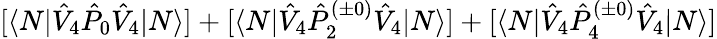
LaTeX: [\langle N|\hat{V}_{4}\hat{P}_{0}\hat{V}_{4}|N\rangle]+[\langle N|\hat{V}_{4}\hat{P}_{2}^{(\pm 0)}\hat{V}_{4}|N\rangle]+[\langle N|\hat{V}_{4}\hat{P}_{4}^{(\pm 0)}\hat{V}_{4}|N\rangle]